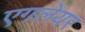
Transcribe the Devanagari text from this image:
एगलेयर